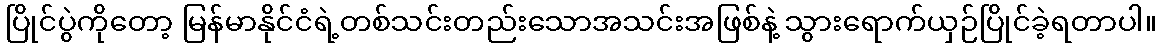
ပြိုင်ပွဲကိုတော့ မြန်မာနိုင်ငံရဲ့တစ်သင်းတည်းသောအသင်းအဖြစ်နဲ့ သွားရောက်ယှဉ်ပြိုင်ခဲ့ရတာပါ။